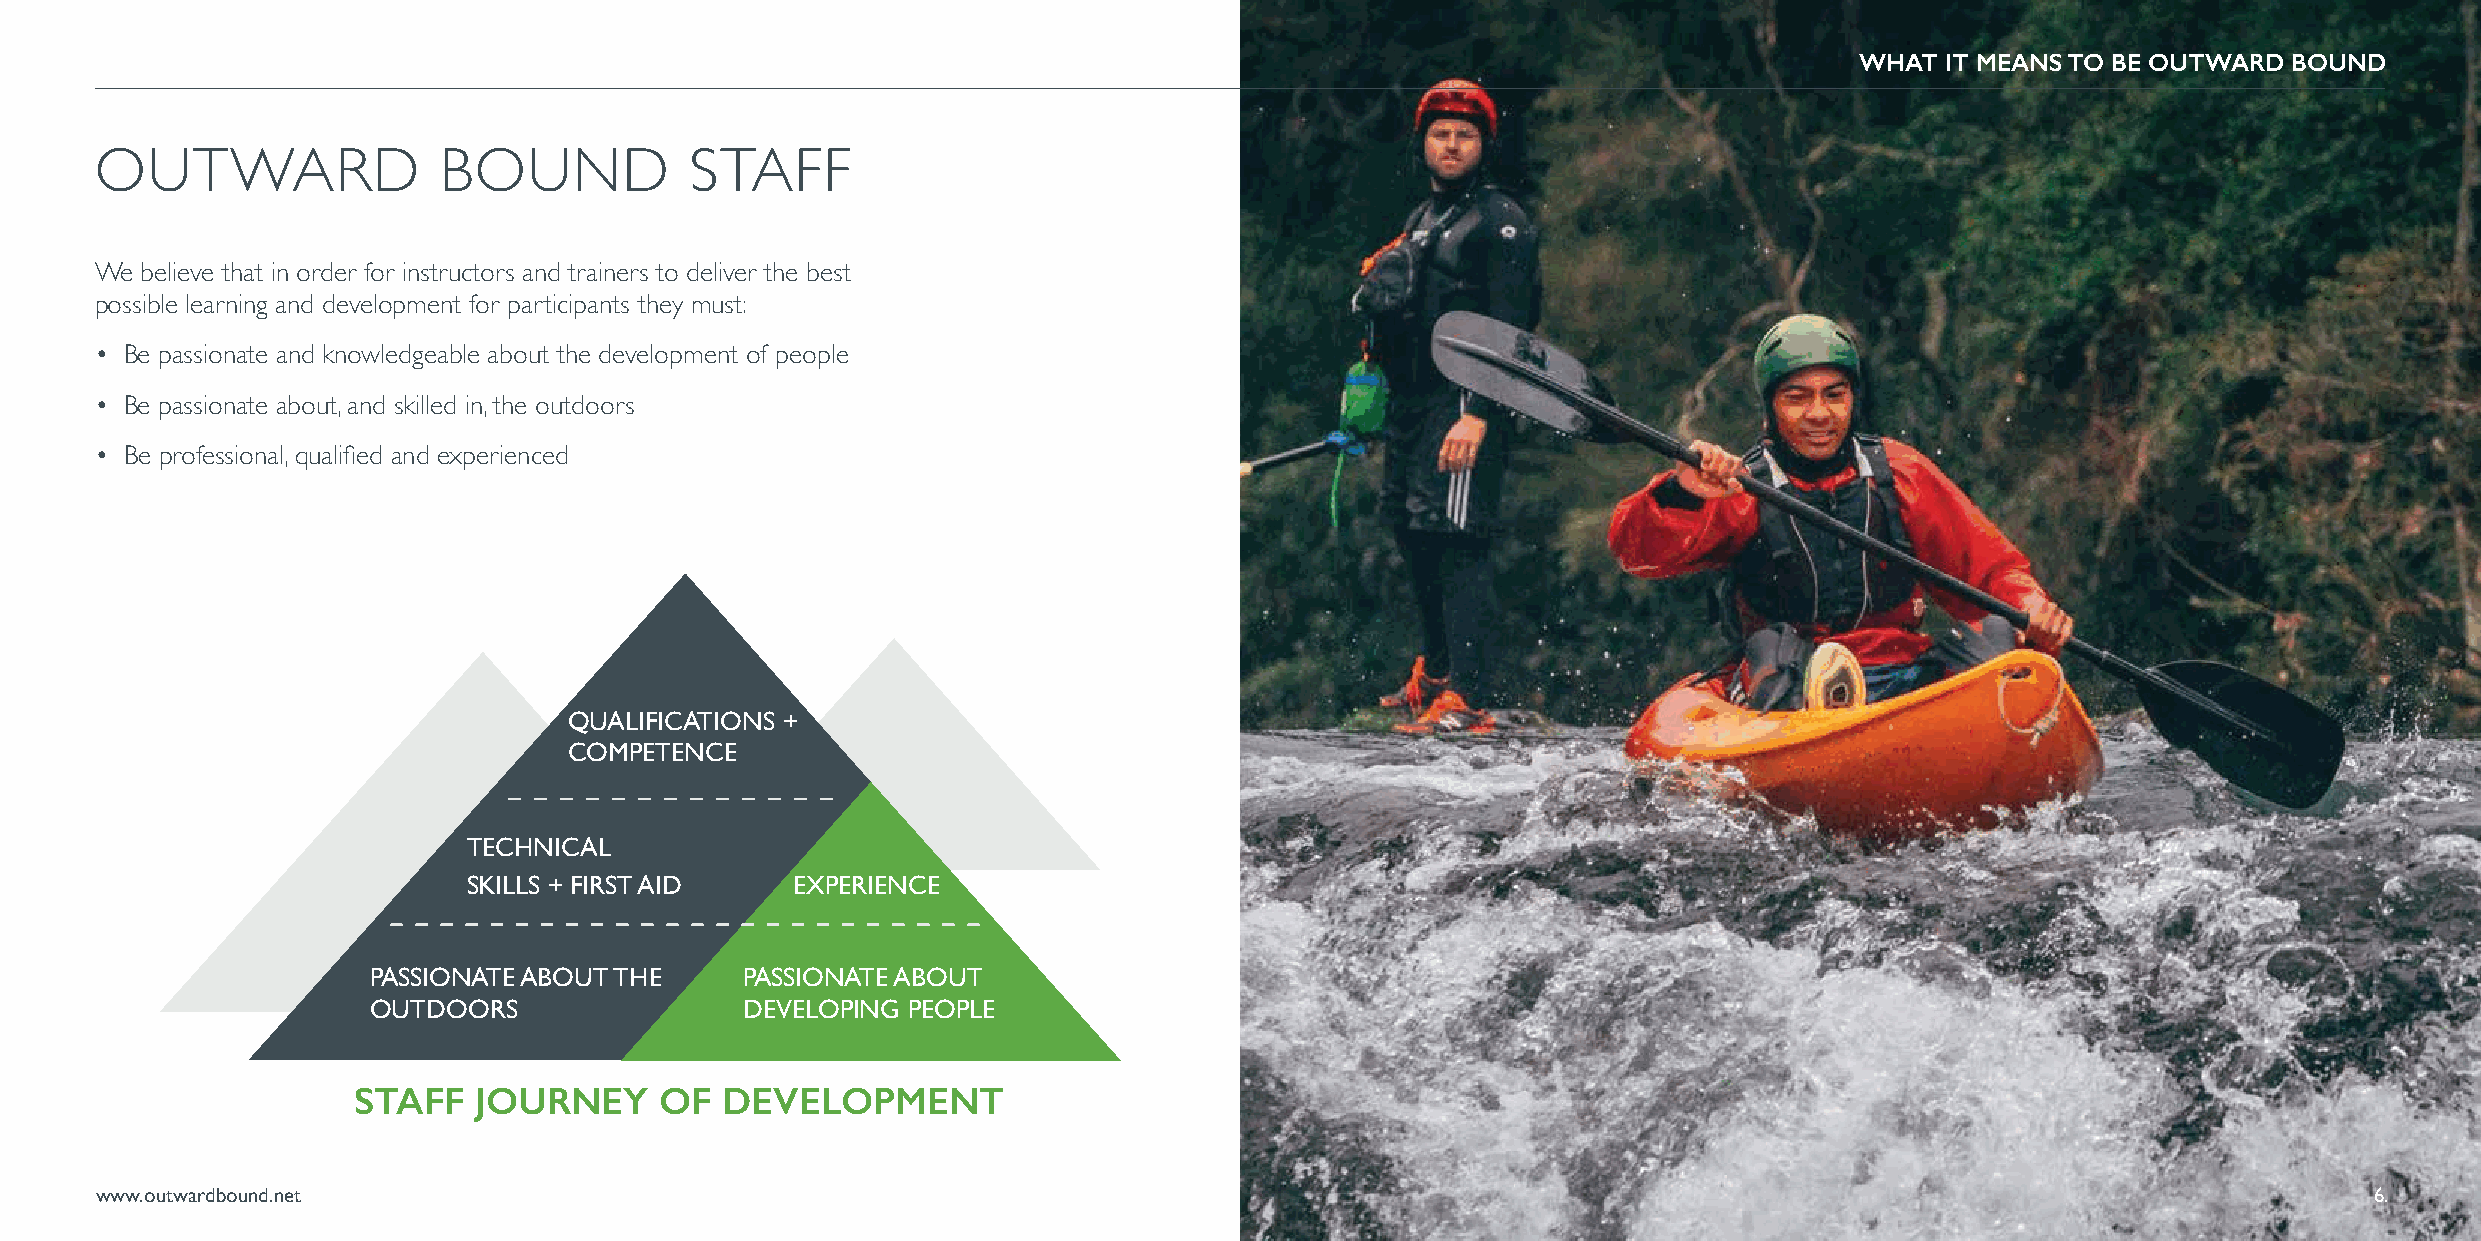
WHAT  IT MEANS TO BE OUTWARD BOUND
 OUTWARD                BOUND            STAFF
 We believe that in order for instructors and trainers to deliver the best
 possible learning and development for participants they must:
 • Be passionate and knowledgeable about the development of people
 • Be passionate about, and skilled in, the outdoors
 • Be professional, qualified and experienced
 QUALIFICATIONS +
 COMPETENCE
 TECHNICAL
 SKILLS + FIRST AID   EXPERIENCE
 PASSIONATE ABOUT THE    PASSIONATE ABOUT
 OUTDOORS                DEVELOPING PEOPLE
 STAFF   JOURNEY      OF  DEVELOPMENT
 www.outwardbound.net                                                                                                                                   6.